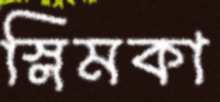
স্লিমকা